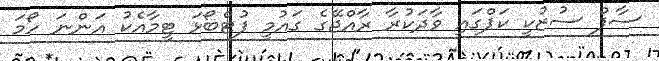
ސާފް ސުޒުކީ ކަޕްގައި ވާދަކުރާ ރާއްޖޭގެ ގައުމީ ފުޓްބޯޅަ ޓީމާއެކު އަންނަ ހޯމަ